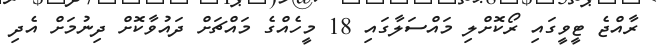
ރާއްޖެ ޓީވީގައި ރޯކޮށްލި މައްސަލާގައި 18 މީހެއްގެ މައްޗަށް ދައުވާކޮށް ދިނުމަށް އެދި